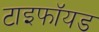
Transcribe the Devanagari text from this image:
टाइफॉयड